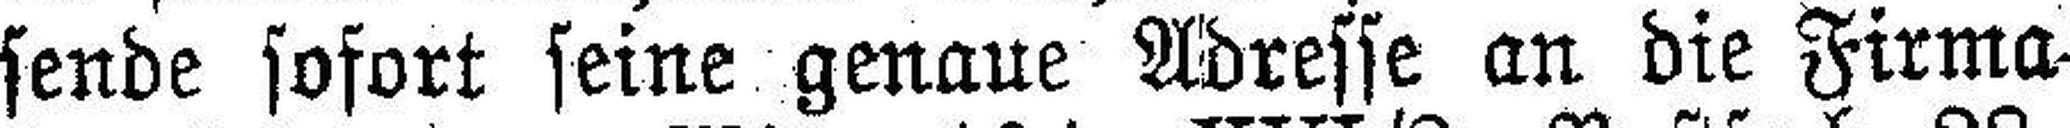
sende sofort seine genaue Adresse an die Firma.